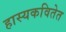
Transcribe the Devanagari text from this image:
हास्यकवितेत